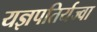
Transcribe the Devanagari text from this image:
यज्ञपतिर्यज्वा